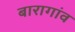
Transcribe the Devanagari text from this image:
बारागांव